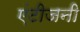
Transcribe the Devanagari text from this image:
एंटीजनी